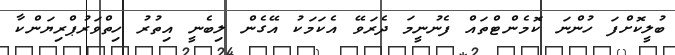
ބުލީކޮށްފަ ހުންނަ ކޮމެންޓްތައް ފެނުނީމަ ދެރަވޭ އެކަމަކު އޭގެން ލިބެނީ އިތުރު ހިތްވަރުޕްރިޔަންކާ